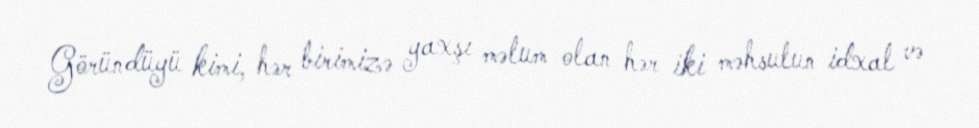
Göründüyü kimi, hər birimizə yaxşı məlum olan hər iki məhsulun idxal və